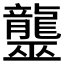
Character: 𪚠